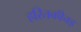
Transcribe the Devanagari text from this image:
हरितकीचड़